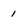
Character: 1